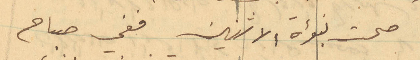
صحت نبؤة الاثنين ففي صباح